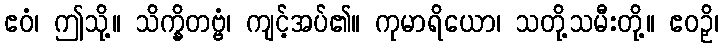
ဧဝံ၊ ဤသို့။ သိက္ခိတဗ္ဗံ၊ ကျင့်အပ်၏။ ကုမာရိယော၊ သတို့သမီးတို့။ ဧဝဉှိ၊